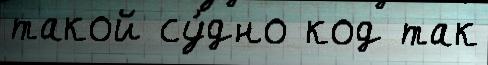
такой су́дно код так